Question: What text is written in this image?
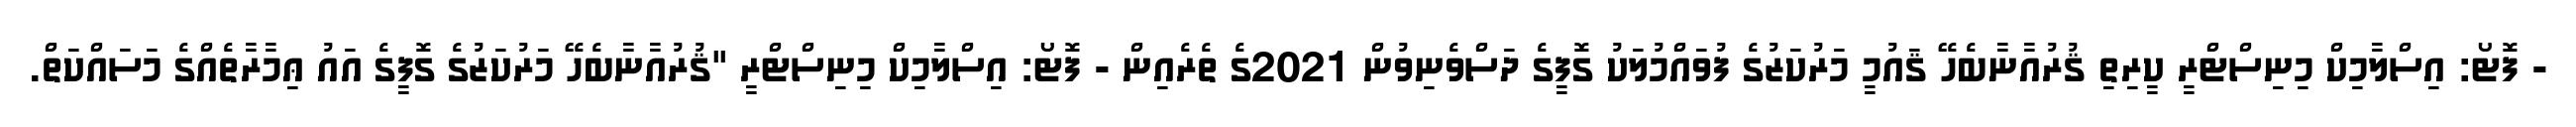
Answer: - ފޮޓޯ: އިސްލާމިކް މިނިސްޓްރީ ކީރިތި ޤުރުއާނާބެހޭ ޤައުމީ މަރުކަޒުގެ ފުވައްމުލަކު ގޮފީގެ ދަސްވެނިވުން 2021ގެ ތެރެއިން - ފޮޓޯ: އިސްލާމިކް މިނިސްޓްރީ "ޤުރުއާނާބެހޭ މަރުކަޒުގެ ގޮފީގެ އައު ޢިމާރާތެއްގެ މަސައްކަތް.